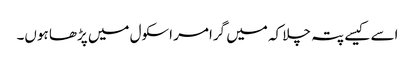
اسے کیسے پتہ چلا کہ میں گرامر اسکول میں پڑھا ہوں۔